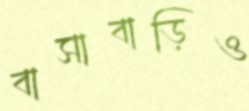
বাসাবাড়িও